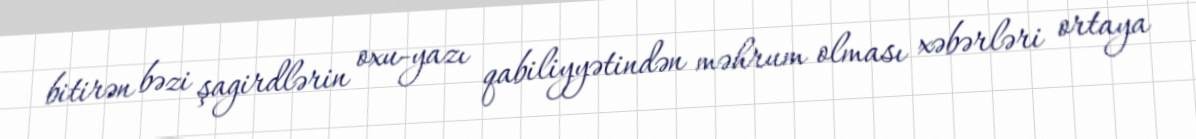
bitirən bəzi şagirdlərin oxu-yazı qabiliyyətindən məhrum olması xəbərləri ortaya